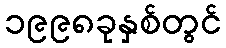
၁၉၉၈ခုနှစ်တွင်